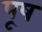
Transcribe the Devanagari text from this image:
पूष